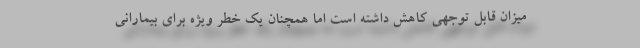
میزان قابل توجهی کاهش داشته است اما همچنان یک خطر ویژه برای بیمارانی